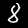
Label: 8